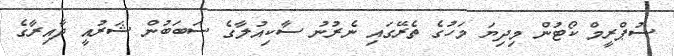
ސުޕްރީމް ކޯޓުން މިދިޔަ މަހުގެ ތެރޭގައި ނެރުނު ސާކިއުލާގެ ސަބަބުން ޝަރުއީ ދާއިރާގެ